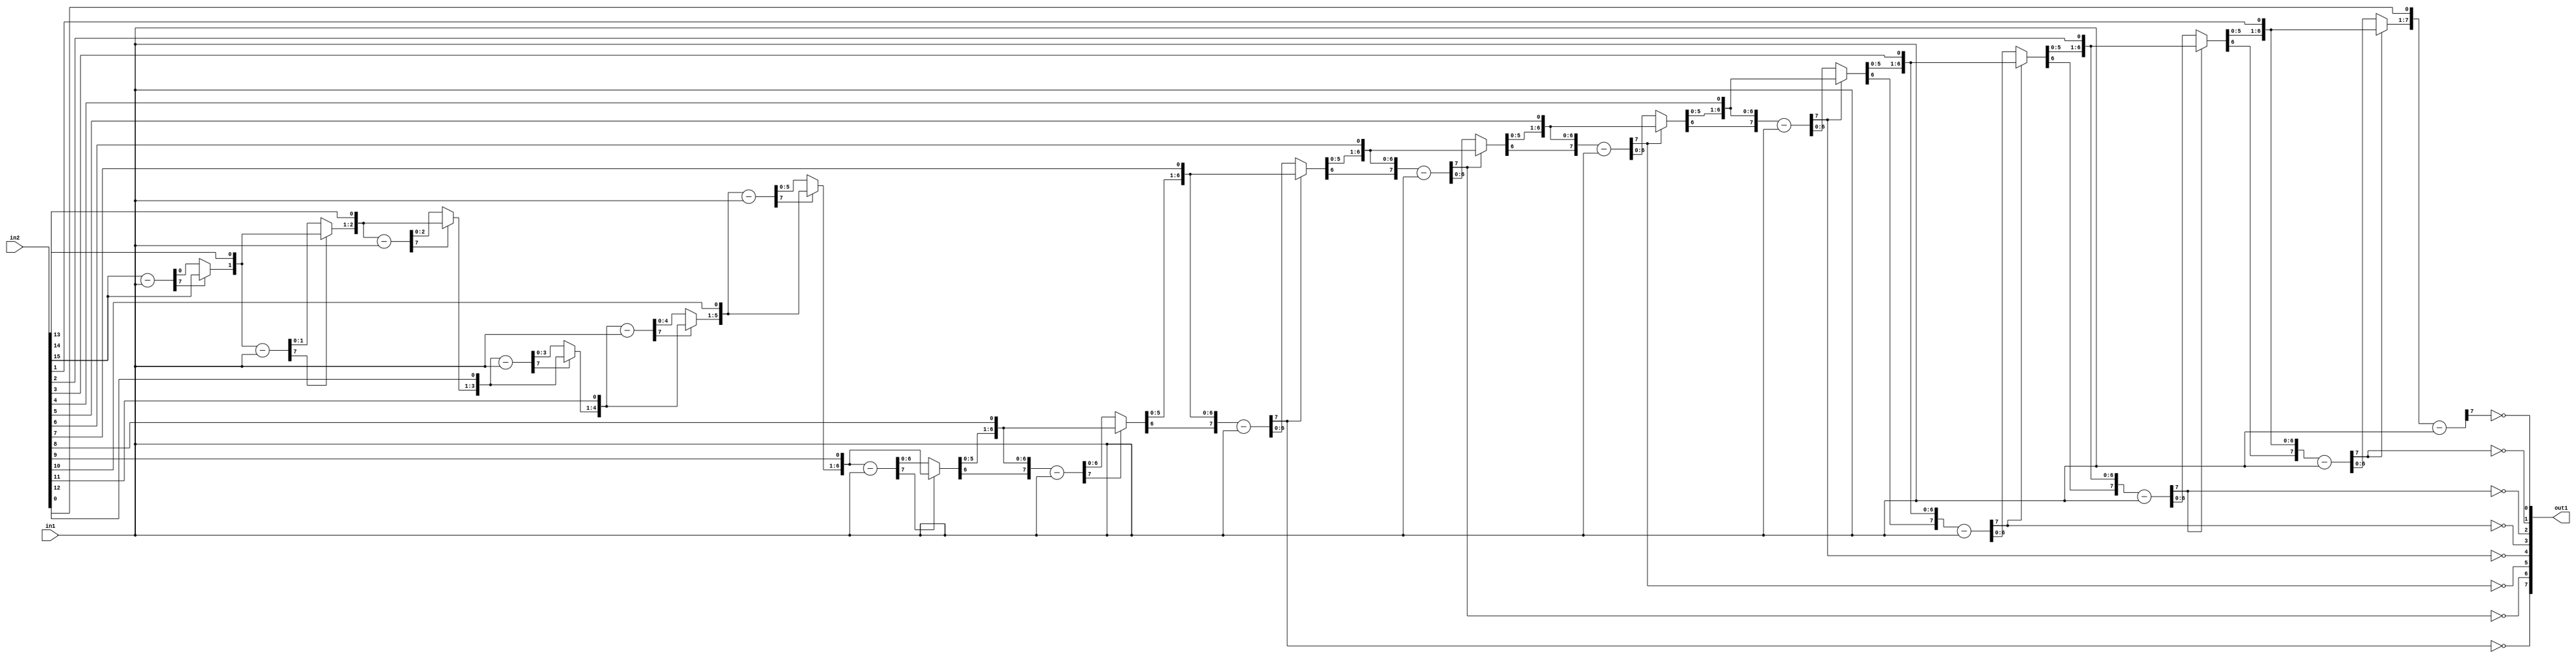
`timescale 1ps / 1ps
/*****************************************************************************
    Verilog RTL Description
    
    
    Created by: Stratus DpOpt 2019.1.01 
*******************************************************************************/

module SobelFilter_Div_16Ux7U_8U_4 (
	in2,
	in1,
	out1
	); /* architecture "behavioural" */ 
input [15:0] in2;
input [6:0] in1;
output [7:0] out1;
wire [7:0] asc001_0,
	in2_1;
wire [0:0] in2_2;
wire [7:0] in2_4;
wire [1:0] in2_5;
wire [7:0] in2_7;
wire [2:0] in2_8;
wire [7:0] in2_10;
wire [3:0] in2_11;
wire [7:0] in2_13;
wire [4:0] in2_14;
wire [7:0] in2_16;
wire [5:0] in2_17;
wire [7:0] in2_19;
wire [6:0] in2_20;
wire [7:0] in2_22,
	in2_23,
	in2_25;
wire [8:0] in2_26;
wire [7:0] in2_28;
wire [9:0] in2_29;
wire [7:0] in2_31;
wire [10:0] in2_32;
wire [7:0] in2_34;
wire [11:0] in2_35;
wire [7:0] in2_37;
wire [12:0] in2_38;
wire [7:0] in2_40;
wire [13:0] in2_41;
wire [7:0] in2_43;
wire [14:0] in2_44;
wire [15:0] in2_45;
wire [7:0] in2_46;
wire [1:0] in2_3_0,
	in2_3_1;
wire [2:0] in2_6_0,
	in2_6_1;
wire [3:0] in2_9_0,
	in2_9_1;
wire [4:0] in2_12_0,
	in2_12_1;
wire [5:0] in2_15_0,
	in2_15_1;
wire [6:0] in2_18_0,
	in2_18_1;
wire [7:0] in2_21_0,
	in2_21_1;
wire [8:0] in2_24_0,
	in2_24_1;
wire [9:0] in2_27_0,
	in2_27_1;
wire [10:0] in2_30_0,
	in2_30_1;
wire [11:0] in2_33_0,
	in2_33_1;
wire [12:0] in2_36_0,
	in2_36_1;
wire [13:0] in2_39_0,
	in2_39_1;
wire [14:0] in2_42_0,
	in2_42_1;

wire [7:0] in2_1_tmp_0;
assign in2_1_tmp_0 = 
	+(in2[15]);
assign in2_1 = in2_1_tmp_0
	-(in1);

reg [0:0] in2_2_tmp_1;
assign in2_2 = in2_2_tmp_1;
always @ (in2_1[7] or in2_1[0] or in2[15]) begin
	case (in2_1[7])
		1'B0 : in2_2_tmp_1 = in2_1[0] ;
		default : in2_2_tmp_1 = in2[15] ;
	endcase
end

assign in2_3_0 = {in2_2,in2[14]};

assign in2_3_1 = {in2_2,in2[14]};

wire [7:0] in2_4_tmp_2;
assign in2_4_tmp_2 = 
	+(in2_3_1);
assign in2_4 = in2_4_tmp_2
	-(in1);

reg [1:0] in2_5_tmp_3;
assign in2_5 = in2_5_tmp_3;
always @ (in2_4[7] or in2_4[1:0] or in2_3_0) begin
	case (in2_4[7])
		1'B0 : in2_5_tmp_3 = in2_4[1:0] ;
		default : in2_5_tmp_3 = in2_3_0 ;
	endcase
end

assign in2_6_0 = {in2_5,in2[13]};

assign in2_6_1 = {in2_5,in2[13]};

wire [7:0] in2_7_tmp_4;
assign in2_7_tmp_4 = 
	+(in2_6_1);
assign in2_7 = in2_7_tmp_4
	-(in1);

reg [2:0] in2_8_tmp_5;
assign in2_8 = in2_8_tmp_5;
always @ (in2_7[7] or in2_7[2:0] or in2_6_0) begin
	case (in2_7[7])
		1'B0 : in2_8_tmp_5 = in2_7[2:0] ;
		default : in2_8_tmp_5 = in2_6_0 ;
	endcase
end

assign in2_9_0 = {in2_8,in2[12]};

assign in2_9_1 = {in2_8,in2[12]};

wire [7:0] in2_10_tmp_6;
assign in2_10_tmp_6 = 
	+(in2_9_1);
assign in2_10 = in2_10_tmp_6
	-(in1);

reg [3:0] in2_11_tmp_7;
assign in2_11 = in2_11_tmp_7;
always @ (in2_10[7] or in2_10[3:0] or in2_9_0) begin
	case (in2_10[7])
		1'B0 : in2_11_tmp_7 = in2_10[3:0] ;
		default : in2_11_tmp_7 = in2_9_0 ;
	endcase
end

assign in2_12_0 = {in2_11,in2[11]};

assign in2_12_1 = {in2_11,in2[11]};

wire [7:0] in2_13_tmp_8;
assign in2_13_tmp_8 = 
	+(in2_12_1);
assign in2_13 = in2_13_tmp_8
	-(in1);

reg [4:0] in2_14_tmp_9;
assign in2_14 = in2_14_tmp_9;
always @ (in2_13[7] or in2_13[4:0] or in2_12_0) begin
	case (in2_13[7])
		1'B0 : in2_14_tmp_9 = in2_13[4:0] ;
		default : in2_14_tmp_9 = in2_12_0 ;
	endcase
end

assign in2_15_0 = {in2_14,in2[10]};

assign in2_15_1 = {in2_14,in2[10]};

wire [7:0] in2_16_tmp_10;
assign in2_16_tmp_10 = 
	+(in2_15_1);
assign in2_16 = in2_16_tmp_10
	-(in1);

reg [5:0] in2_17_tmp_11;
assign in2_17 = in2_17_tmp_11;
always @ (in2_16[7] or in2_16[5:0] or in2_15_0) begin
	case (in2_16[7])
		1'B0 : in2_17_tmp_11 = in2_16[5:0] ;
		default : in2_17_tmp_11 = in2_15_0 ;
	endcase
end

assign in2_18_0 = {in2_17,in2[9]};

assign in2_18_1 = {in2_17,in2[9]};

wire [7:0] in2_19_tmp_12;
assign in2_19_tmp_12 = 
	+(in2_18_1);
assign in2_19 = in2_19_tmp_12
	-(in1);

reg [6:0] in2_20_tmp_13;
assign in2_20 = in2_20_tmp_13;
always @ (in2_19[7] or in2_19[6:0] or in2_18_0) begin
	case (in2_19[7])
		1'B0 : in2_20_tmp_13 = in2_19[6:0] ;
		default : in2_20_tmp_13 = in2_18_0 ;
	endcase
end

assign in2_21_0 = {in2_20,in2[8]};

assign in2_21_1 = {in2_20,in2[8]};

wire [7:0] in2_22_tmp_14;
assign in2_22_tmp_14 = 
	+(in2_21_1);
assign in2_22 = in2_22_tmp_14
	-(in1);

reg [7:0] in2_23_tmp_15;
assign in2_23 = in2_23_tmp_15;
always @ (in2_22[7] or in2_22 or in2_21_0) begin
	case (in2_22[7])
		1'B0 : in2_23_tmp_15 = in2_22 ;
		default : in2_23_tmp_15 = in2_21_0 ;
	endcase
end

assign in2_24_0 = {in2_23,in2[7]};

assign in2_24_1 = {in2_23,in2[7]};

wire [7:0] in2_25_tmp_16;
assign in2_25_tmp_16 = 
	+(in2_24_1[7:0]);
assign in2_25 = in2_25_tmp_16
	-(in1);

assign asc001_0[7] = ~in2_25[7];

reg [8:0] in2_26_tmp_17;
assign in2_26 = in2_26_tmp_17;
always @ (in2_25[7] or in2_25 or in2_24_0) begin
	case (in2_25[7])
		1'B0 : in2_26_tmp_17 = in2_25 ;
		default : in2_26_tmp_17 = in2_24_0 ;
	endcase
end

assign in2_27_0 = {in2_26,in2[6]};

assign in2_27_1 = {in2_26,in2[6]};

wire [7:0] in2_28_tmp_18;
assign in2_28_tmp_18 = 
	+(in2_27_1[7:0]);
assign in2_28 = in2_28_tmp_18
	-(in1);

assign asc001_0[6] = ~in2_28[7];

reg [9:0] in2_29_tmp_19;
assign in2_29 = in2_29_tmp_19;
always @ (in2_28[7] or in2_28 or in2_27_0) begin
	case (in2_28[7])
		1'B0 : in2_29_tmp_19 = in2_28 ;
		default : in2_29_tmp_19 = in2_27_0 ;
	endcase
end

assign in2_30_0 = {in2_29,in2[5]};

assign in2_30_1 = {in2_29,in2[5]};

wire [7:0] in2_31_tmp_20;
assign in2_31_tmp_20 = 
	+(in2_30_1[7:0]);
assign in2_31 = in2_31_tmp_20
	-(in1);

assign asc001_0[5] = ~in2_31[7];

reg [10:0] in2_32_tmp_21;
assign in2_32 = in2_32_tmp_21;
always @ (in2_31[7] or in2_31 or in2_30_0) begin
	case (in2_31[7])
		1'B0 : in2_32_tmp_21 = in2_31 ;
		default : in2_32_tmp_21 = in2_30_0 ;
	endcase
end

assign in2_33_0 = {in2_32,in2[4]};

assign in2_33_1 = {in2_32,in2[4]};

wire [7:0] in2_34_tmp_22;
assign in2_34_tmp_22 = 
	+(in2_33_1[7:0]);
assign in2_34 = in2_34_tmp_22
	-(in1);

assign asc001_0[4] = ~in2_34[7];

reg [11:0] in2_35_tmp_23;
assign in2_35 = in2_35_tmp_23;
always @ (in2_34[7] or in2_34 or in2_33_0) begin
	case (in2_34[7])
		1'B0 : in2_35_tmp_23 = in2_34 ;
		default : in2_35_tmp_23 = in2_33_0 ;
	endcase
end

assign in2_36_0 = {in2_35,in2[3]};

assign in2_36_1 = {in2_35,in2[3]};

wire [7:0] in2_37_tmp_24;
assign in2_37_tmp_24 = 
	+(in2_36_1[7:0]);
assign in2_37 = in2_37_tmp_24
	-(in1);

assign asc001_0[3] = ~in2_37[7];

reg [12:0] in2_38_tmp_25;
assign in2_38 = in2_38_tmp_25;
always @ (in2_37[7] or in2_37 or in2_36_0) begin
	case (in2_37[7])
		1'B0 : in2_38_tmp_25 = in2_37 ;
		default : in2_38_tmp_25 = in2_36_0 ;
	endcase
end

assign in2_39_0 = {in2_38,in2[2]};

assign in2_39_1 = {in2_38,in2[2]};

wire [7:0] in2_40_tmp_26;
assign in2_40_tmp_26 = 
	+(in2_39_1[7:0]);
assign in2_40 = in2_40_tmp_26
	-(in1);

assign asc001_0[2] = ~in2_40[7];

reg [13:0] in2_41_tmp_27;
assign in2_41 = in2_41_tmp_27;
always @ (in2_40[7] or in2_40 or in2_39_0) begin
	case (in2_40[7])
		1'B0 : in2_41_tmp_27 = in2_40 ;
		default : in2_41_tmp_27 = in2_39_0 ;
	endcase
end

assign in2_42_0 = {in2_41,in2[1]};

assign in2_42_1 = {in2_41,in2[1]};

wire [7:0] in2_43_tmp_28;
assign in2_43_tmp_28 = 
	+(in2_42_1[7:0]);
assign in2_43 = in2_43_tmp_28
	-(in1);

assign asc001_0[1] = ~in2_43[7];

reg [14:0] in2_44_tmp_29;
assign in2_44 = in2_44_tmp_29;
always @ (in2_43[7] or in2_43 or in2_42_0) begin
	case (in2_43[7])
		1'B0 : in2_44_tmp_29 = in2_43 ;
		default : in2_44_tmp_29 = in2_42_0 ;
	endcase
end

assign in2_45 = {in2_44,in2[0]};

wire [7:0] in2_46_tmp_30;
assign in2_46_tmp_30 = 
	+(in2_45[7:0]);
assign in2_46 = in2_46_tmp_30
	-(in1);

assign asc001_0[0] = ~in2_46[7];

assign out1 = asc001_0;
endmodule

/* CADENCE  vLj0Qg3d : u9/ySgnWtBlWxVPRXgAZ4Og= ** DO NOT EDIT THIS LINE ******/